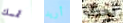
تمسك أريد لحرق